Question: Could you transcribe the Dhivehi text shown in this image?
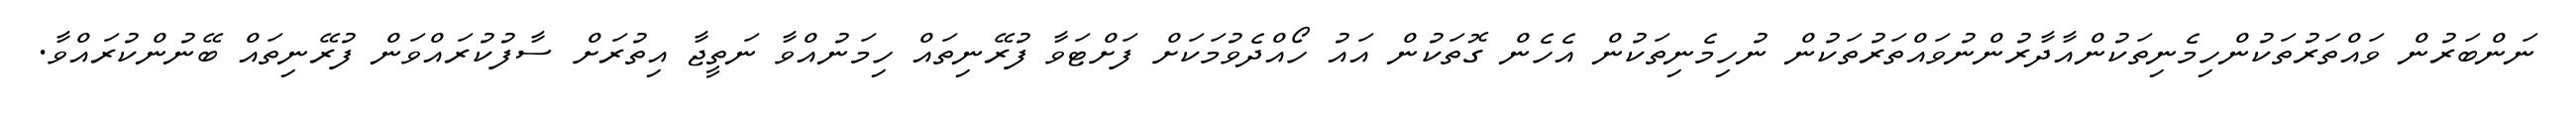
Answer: ނަންބަރުން ވައްތަރުތަކުންހިމެނިތަކުންއާދާރުންނުވައްތަރުތަކުން ނުހިމެނިތަކުން އެހެން ގޮތަކުން އައު ހޯއްދެވުމަކަށް ފަށްޓަވާ ފުރޭނިތައް ހިމަނުއްވާ ނަތީޖާ އިތުރަށް ސާފުކުރައްވަން ފުރޭނިތައް ބޭނުންކުރައްވާ.